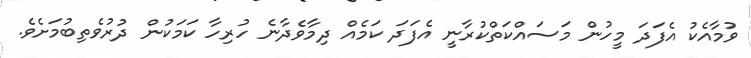
ވުމާއެކު އެފަދަ މީހުން މަސައްކަތްކުރާނީ އެފަދަ ކަމެއް ދިމާވެދާނެ ހުރިހާ ކަމަކުން ދުރުވެތިބުމަށެވެ.